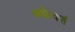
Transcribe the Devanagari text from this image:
अफ़ेयर्स